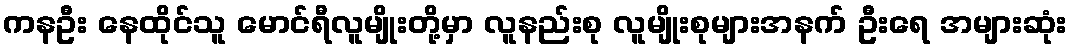
ကနဦး နေထိုင်သူ မောင်ရီလူမျိုးတို့မှာ လူနည်းစု လူမျိုးစုများအနက် ဦးရေ အများဆုံး